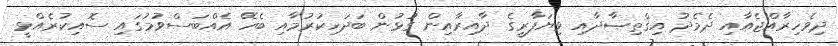
ދިވެހިރާއްޖެއާއި ދެމެދު އިޤްތިޞާދާއި ވިޔަފާރީގެ ދާއިރާއިން ގުޅުން ބަދަހިކުރުމާއި ބެހޭ އެއްބަސްވުމުގައި ސޮއިކުރެއްވީ